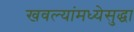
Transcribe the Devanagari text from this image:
खवल्यांमध्येसुद्धा